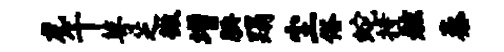
龙午萼芝微增腆蹋尘俗蛇持舷秦